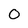
Character: 0